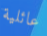
عائلية